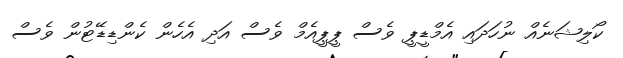
ކޯލިޝަނެއް ނުހަދައި އެމްޑީޕީ ވެސް ޕީޕީއެމް ވެސް އަދި އެހެން ކެންޑިޑޭޓުން ވެސް